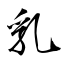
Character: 乳